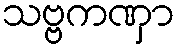
သဗ္ဗကဏှာ